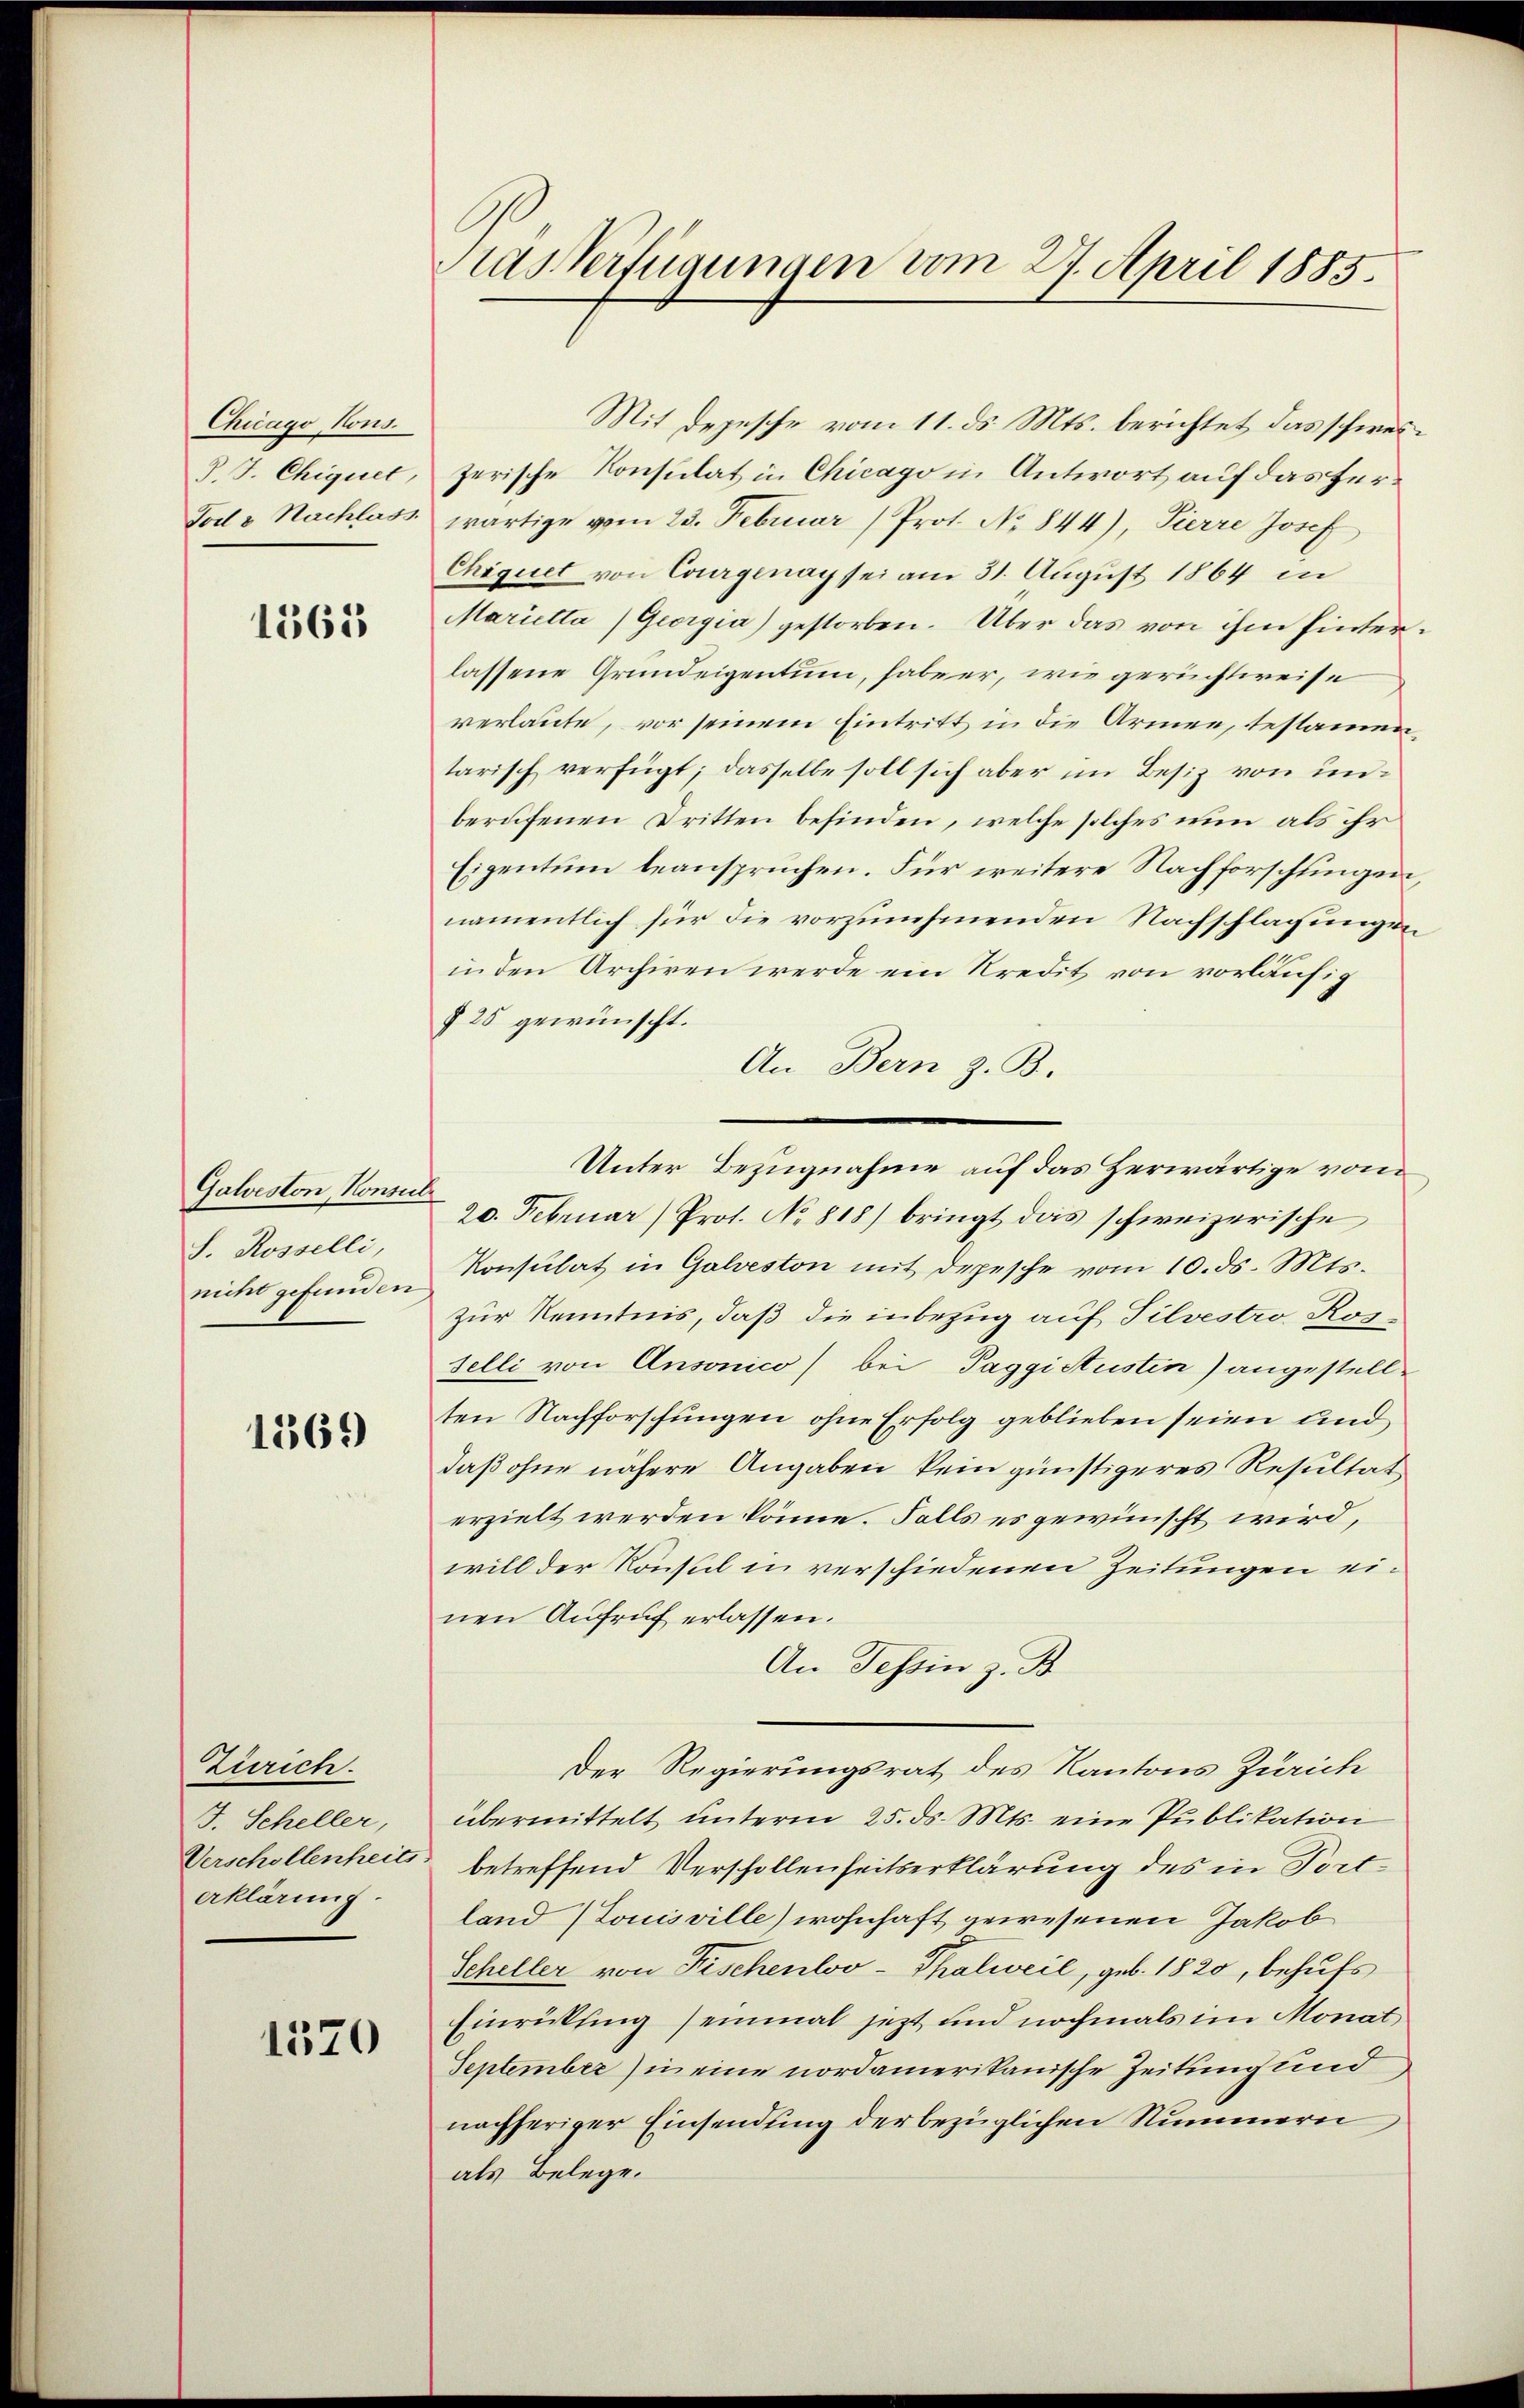
Chicago Nons.
J. J. Chiquet,
Tod v. Nachlass

1561

Galveston, Konsul¬
S. Rosselli,
nicht gefunden

1369

Zürich.
J. Scheller,
Verschollenheits.
erklärung.

1370

Aas Verfügungen vom 27. April 1885.

Mit depesche vom 11. ds. Mts. berichtet das schweizerische Konsulat in Chicago in Antwort auf das herwärtige vom 23. Februar (Prot. No 844), Pierre Josef,
Chiquet von Courgenay sei am 31. August 1864 in
Marietta Georgia) gestorben. Über das von ihm hinterlassene Grundeigentum, habe er, wie gerichtweise
verlaute, vor seinem Eintritt in die Armen, testammentarisch verfügt; dasselbe soll sich aber im Besiz von unberufenen Dritten befinden, welche solches nun als ihr
Eigentum beanspruchen. Für weitere Nachforschlingen,
namentlich für die vorzunehmenden Nachschlagungen
in den Archiven werde ein Kredit von vorläufig
§ 25 gewünscht.
An Bern z. B.
20. Februar Prot. No 818) bringt das schweizerische
Konsulat in Galveston mit depesche vom 10. ds. Mts.
zur Kenntnis, daß die inbezug auf Silvestro Ros¬
Felli von Ansonico) bei Taggistustin) angestellten Nachforschungen ohne Erfolg geblieben seien und
daß ohne nähere Angaben kein günstigeres Resultat
erzielt werden könne. Falls es gewünscht wird,
will der Konsul in verschiedenen Zeitungen einen Aufruf erlassen.
An Tessin z. B
Der Regierungsrat des Kantons Zürich
übermittelt unterm 25. ds. Mts. eine Publikation
betreffend Verschollenheitserklärung des in Fortland Louisville) wohnhaft gewesenen Jakob
Scheller von Fischenloo-Thalweil, geb. 1820, behufs
Einrückling seinmal jezt und nochmals im Monat
September in eine nordamerikanische Zeitung und
nachheriger Einsendung der bezüglichen Nummern
als Belege.

Unter Bezugnahme auf das Herwärtige vom